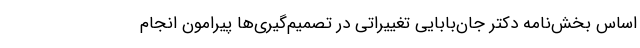
اساس بخش‌نامه دکتر جان‌بابایی تغییراتی در تصمیم‌گیری‌ها پیرامون انجام